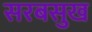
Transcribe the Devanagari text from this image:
सरबसुख